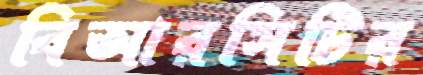
বিআরসিটির